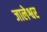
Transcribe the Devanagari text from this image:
जालेश्वर